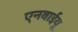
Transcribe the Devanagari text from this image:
एनवाईयू